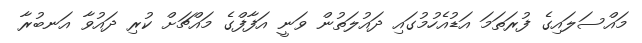
މައްސަލައިގެ ފުރަތަމަ އަޑުއެހުމުގައި ދައުލަތުން ވަނީ އަފާފްގެ މައްޗަށް ކުރި ދައުވާ އަނބުރާ